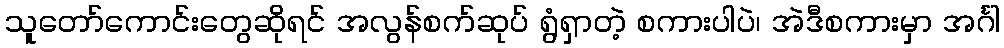
သူတော်ကောင်းတွေဆိုရင် အလွန်စက်ဆုပ် ရွံရှာတဲ့ စကားပါပဲ၊ အဲဒီစကားမှာ အင်္ဂါ